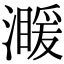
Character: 𤀣